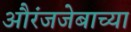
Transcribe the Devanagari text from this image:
औरंजजेबाच्या